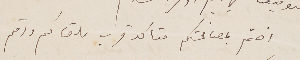
اختم بمصافحتكم متاكد قرب ملقاكم ودمتم